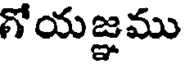
గోయజ్ఞము